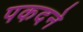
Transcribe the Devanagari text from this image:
पकदने